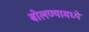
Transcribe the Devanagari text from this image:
बोलण्यामध्ये